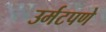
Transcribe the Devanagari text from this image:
उर्मटपणे